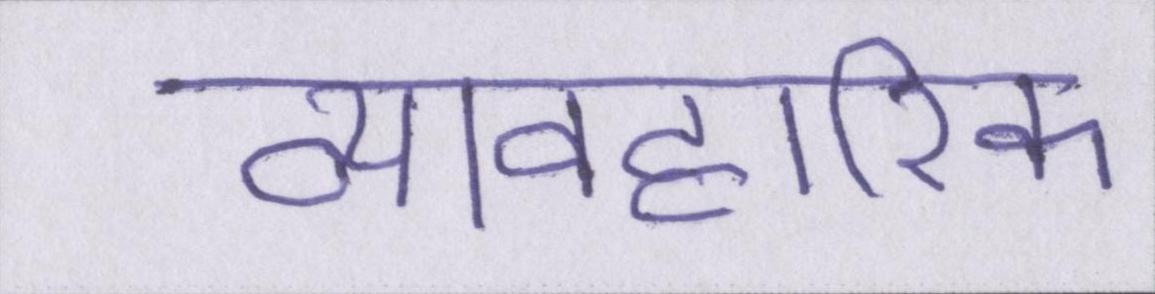
व्यावहारिक